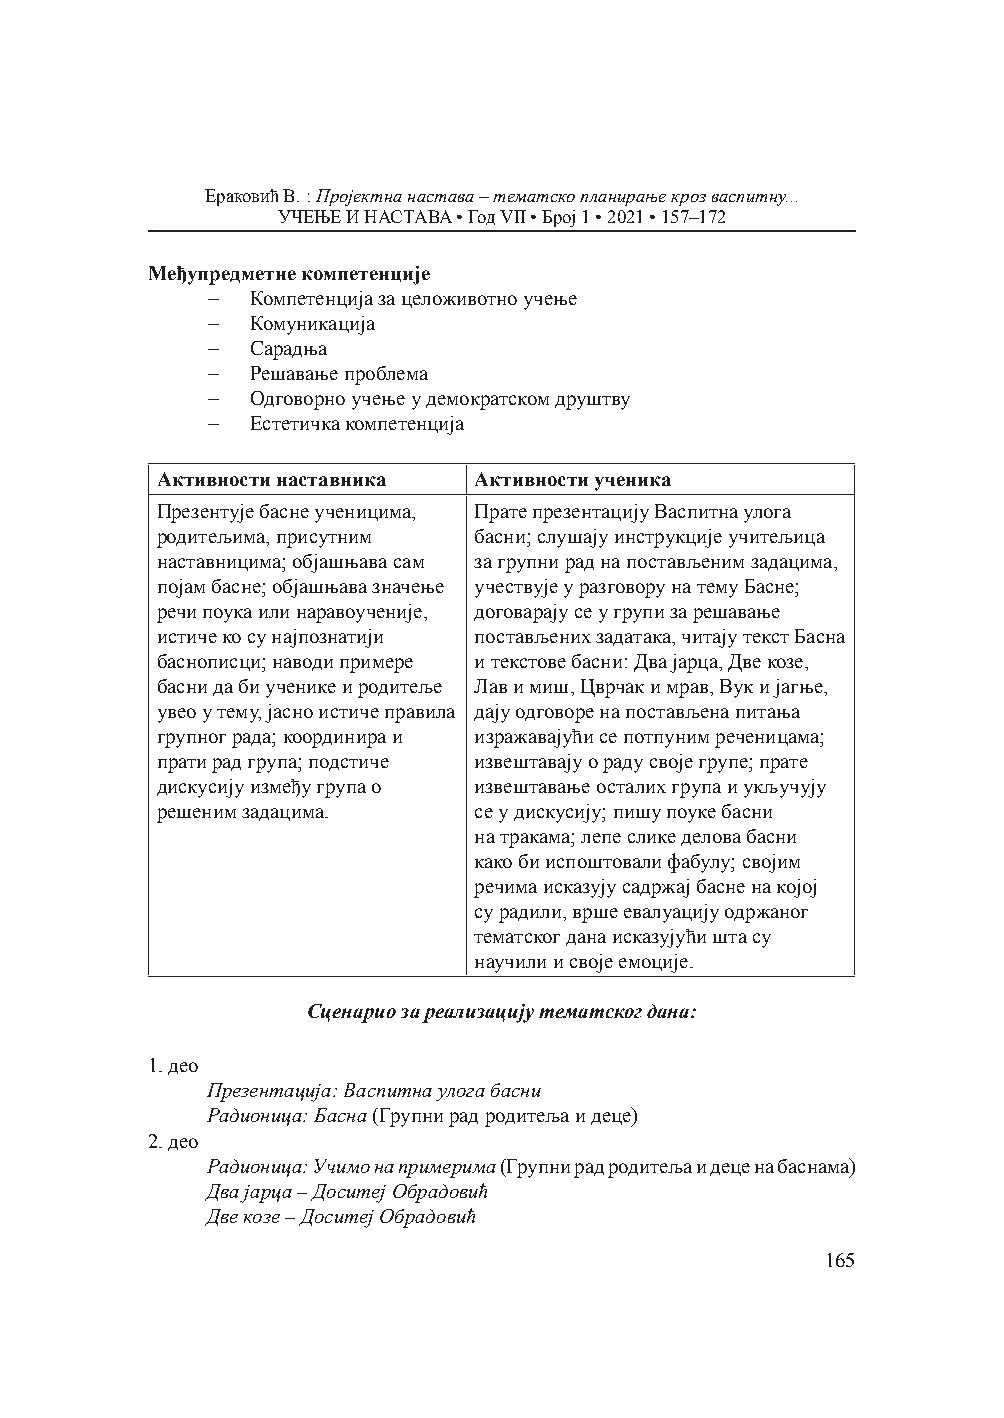
Ераковић В. : Пројектна настава – тематско планирање кроз васпитну...
 УЧЕЊЕ И НАСТАВА • Год VII • Број 1 • 2021 • 157–172
 Међупредметне компетенције
 –  Компетенција за целоживотно учење
 –  Комуникација
 –  Сарадња
 –  Решавање проблема
 –  Одговорно учење у демократском друштву
 –  Естетичка компетенција
 Активности наставника Активности ученика
 Презентује басне ученицима, Прате презентацију Васпитна улога
 родитељима, присутним басни; слушају инструкције учитељица
 наставницима; објашњава сам за групни рад на постављеним задацима,
 појам басне; објашњава значење учествује у разговору на тему Басне;
 речи поука или наравоученије, договарају се у групи за решавање
 истиче ко су најпознатији постављених задатака, читају текст Басна
 баснописци; наводи примере и текстове басни: Два јарца, Две козе,
 басни да би ученике и родитеље Лав и миш, Цврчак и мрав, Вук и јагње,
 увео у тему, јасно истиче правила дају одговоре на постављена питања
 групног рада; координира и изражавајући се потпуним реченицама;
 прати рад група; подстиче извештавају о раду своје групе; прате
 дискусију између група о извештавање осталих група и укључују
 решеним задацима.    се у дискусију; пишу поуке басни
 на тракама; лепе слике делова басни
 како би испоштовали фабулу; својим
 речима исказују садржај басне на којој
 су радили, врше евалуацију одржаног
 тематског дана исказујући шта су
 научили и своје емоције.
 Сценарио за реализацију тематског дана:
 1. део
 Презентација: Васпитна улога басни
 Радионица: Басна (Групни рад родитељa и деце)
 2. део
 Радионица: Учимо на примерима (Групни рад родитеља и деце на баснама)
 Два јарца – Доситеј Обрадовић
 Две козе – Доситеј Обрадовић
 165